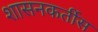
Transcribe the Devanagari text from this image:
शासनकर्तीस